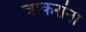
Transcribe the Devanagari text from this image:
चाकरांना